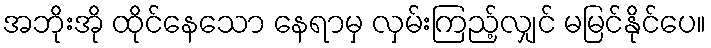
အဘိုးအို ထိုင်နေသော နေရာမှ လှမ်းကြည့်လျှင် မမြင်နိုင်ပေ။